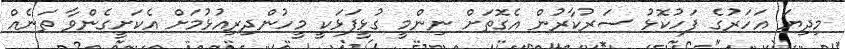
މިދިޔަ އަހަރުގެ ފަހުކޮޅު ސަރުކާރުން އެގޮތަށް ނިންމީ ގުޅީފަޅަކީ މީހުންދިރިއުޅުމަށް އެކަށީގެންވާ ތަނެއް